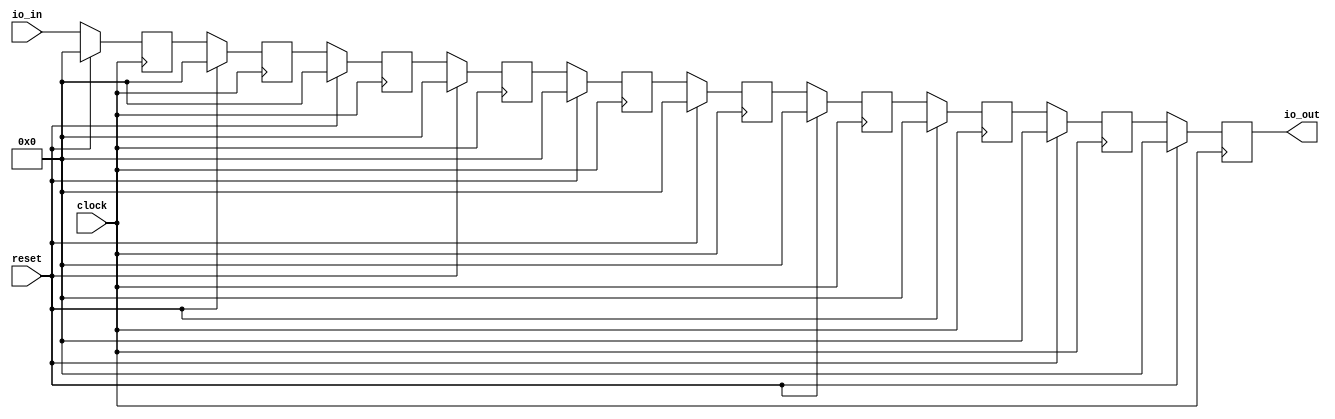
module VecShiftRegisterParam( // @[:@3.2]
  input        clock, // @[:@4.4]
  input        reset, // @[:@5.4]
  input  [7:0] io_in, // @[:@6.4]
  output [7:0] io_out // @[:@6.4]
);
  reg [7:0] delays_0; // @[VecShiftRegisterParam.scala 16:23:@19.4]
  reg [31:0] _RAND_0;
  reg [7:0] delays_1; // @[VecShiftRegisterParam.scala 16:23:@19.4]
  reg [31:0] _RAND_1;
  reg [7:0] delays_2; // @[VecShiftRegisterParam.scala 16:23:@19.4]
  reg [31:0] _RAND_2;
  reg [7:0] delays_3; // @[VecShiftRegisterParam.scala 16:23:@19.4]
  reg [31:0] _RAND_3;
  reg [7:0] delays_4; // @[VecShiftRegisterParam.scala 16:23:@19.4]
  reg [31:0] _RAND_4;
  reg [7:0] delays_5; // @[VecShiftRegisterParam.scala 16:23:@19.4]
  reg [31:0] _RAND_5;
  reg [7:0] delays_6; // @[VecShiftRegisterParam.scala 16:23:@19.4]
  reg [31:0] _RAND_6;
  reg [7:0] delays_7; // @[VecShiftRegisterParam.scala 16:23:@19.4]
  reg [31:0] _RAND_7;
  reg [7:0] delays_8; // @[VecShiftRegisterParam.scala 16:23:@19.4]
  reg [31:0] _RAND_8;
  reg [7:0] delays_9; // @[VecShiftRegisterParam.scala 16:23:@19.4]
  reg [31:0] _RAND_9;
  assign io_out = delays_9; // @[VecShiftRegisterParam.scala 23:10:@30.4]
`ifdef RANDOMIZE_GARBAGE_ASSIGN
`define RANDOMIZE
`endif
`ifdef RANDOMIZE_INVALID_ASSIGN
`define RANDOMIZE
`endif
`ifdef RANDOMIZE_REG_INIT
`define RANDOMIZE
`endif
`ifdef RANDOMIZE_MEM_INIT
`define RANDOMIZE
`endif
`ifndef RANDOM
`define RANDOM $random
`endif
`ifdef RANDOMIZE
  integer initvar;
  initial begin
    `ifdef INIT_RANDOM
      `INIT_RANDOM
    `endif
    `ifndef VERILATOR
      #0.002 begin end
    `endif
  `ifdef RANDOMIZE_REG_INIT
  _RAND_0 = {1{`RANDOM}};
  delays_0 = _RAND_0[7:0];
  `endif // RANDOMIZE_REG_INIT
  `ifdef RANDOMIZE_REG_INIT
  _RAND_1 = {1{`RANDOM}};
  delays_1 = _RAND_1[7:0];
  `endif // RANDOMIZE_REG_INIT
  `ifdef RANDOMIZE_REG_INIT
  _RAND_2 = {1{`RANDOM}};
  delays_2 = _RAND_2[7:0];
  `endif // RANDOMIZE_REG_INIT
  `ifdef RANDOMIZE_REG_INIT
  _RAND_3 = {1{`RANDOM}};
  delays_3 = _RAND_3[7:0];
  `endif // RANDOMIZE_REG_INIT
  `ifdef RANDOMIZE_REG_INIT
  _RAND_4 = {1{`RANDOM}};
  delays_4 = _RAND_4[7:0];
  `endif // RANDOMIZE_REG_INIT
  `ifdef RANDOMIZE_REG_INIT
  _RAND_5 = {1{`RANDOM}};
  delays_5 = _RAND_5[7:0];
  `endif // RANDOMIZE_REG_INIT
  `ifdef RANDOMIZE_REG_INIT
  _RAND_6 = {1{`RANDOM}};
  delays_6 = _RAND_6[7:0];
  `endif // RANDOMIZE_REG_INIT
  `ifdef RANDOMIZE_REG_INIT
  _RAND_7 = {1{`RANDOM}};
  delays_7 = _RAND_7[7:0];
  `endif // RANDOMIZE_REG_INIT
  `ifdef RANDOMIZE_REG_INIT
  _RAND_8 = {1{`RANDOM}};
  delays_8 = _RAND_8[7:0];
  `endif // RANDOMIZE_REG_INIT
  `ifdef RANDOMIZE_REG_INIT
  _RAND_9 = {1{`RANDOM}};
  delays_9 = _RAND_9[7:0];
  `endif // RANDOMIZE_REG_INIT
  end
`endif // RANDOMIZE
  always @(posedge clock) begin
    if (reset) begin
      delays_0 <= 8'h0;
    end else begin
      delays_0 <= io_in;
    end
    if (reset) begin
      delays_1 <= 8'h0;
    end else begin
      delays_1 <= delays_0;
    end
    if (reset) begin
      delays_2 <= 8'h0;
    end else begin
      delays_2 <= delays_1;
    end
    if (reset) begin
      delays_3 <= 8'h0;
    end else begin
      delays_3 <= delays_2;
    end
    if (reset) begin
      delays_4 <= 8'h0;
    end else begin
      delays_4 <= delays_3;
    end
    if (reset) begin
      delays_5 <= 8'h0;
    end else begin
      delays_5 <= delays_4;
    end
    if (reset) begin
      delays_6 <= 8'h0;
    end else begin
      delays_6 <= delays_5;
    end
    if (reset) begin
      delays_7 <= 8'h0;
    end else begin
      delays_7 <= delays_6;
    end
    if (reset) begin
      delays_8 <= 8'h0;
    end else begin
      delays_8 <= delays_7;
    end
    if (reset) begin
      delays_9 <= 8'h0;
    end else begin
      delays_9 <= delays_8;
    end
  end
endmodule